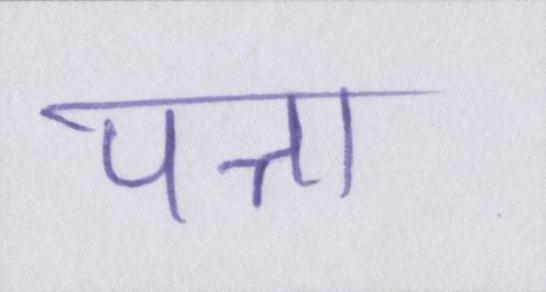
पत्ता